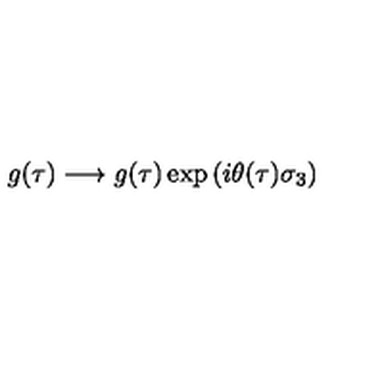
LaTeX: g ( \tau ) \longrightarrow g ( \tau ) \exp \left( i \theta ( \tau ) \sigma _ { 3 } \right)